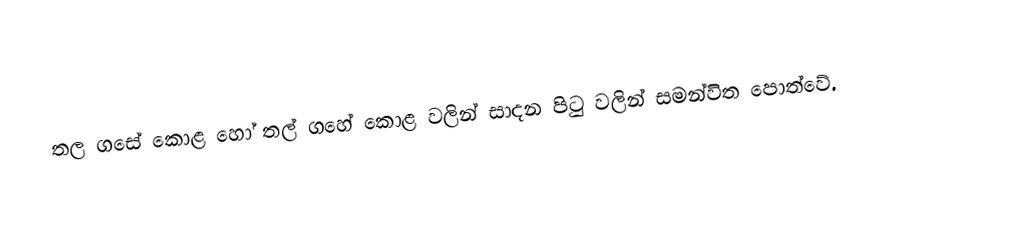
තල ගසේ කොළ හෝ තල් ගහේ කොළ වලින් සාදන පිටු වලින් සමන්විත පොත්වේ.